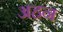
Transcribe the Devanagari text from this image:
अहन